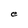
Character: e